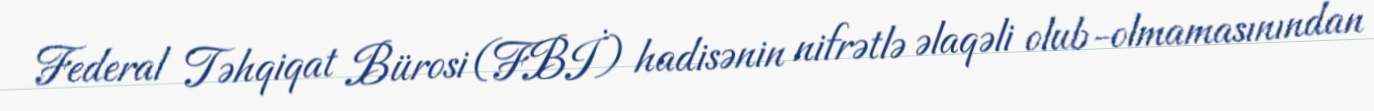
Federal Təhqiqat Bürosi (FBİ) hadisənin nifrətlə əlaqəli olub-olmamasınından